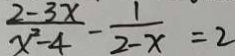
\frac { 2 - 3 x } { x ^ { 2 } - 4 } - \frac { 1 } { 2 - x } = 2